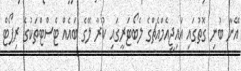
އޭނާ ބުނި ގޮތުގައި އައިޖީއެމްއެޗްގެ ލެބޯޓަރީގައި ކުރާ ލޭގެ ބައެއް ޓެސްޓްތަކުގެ ރިޕޯޓް